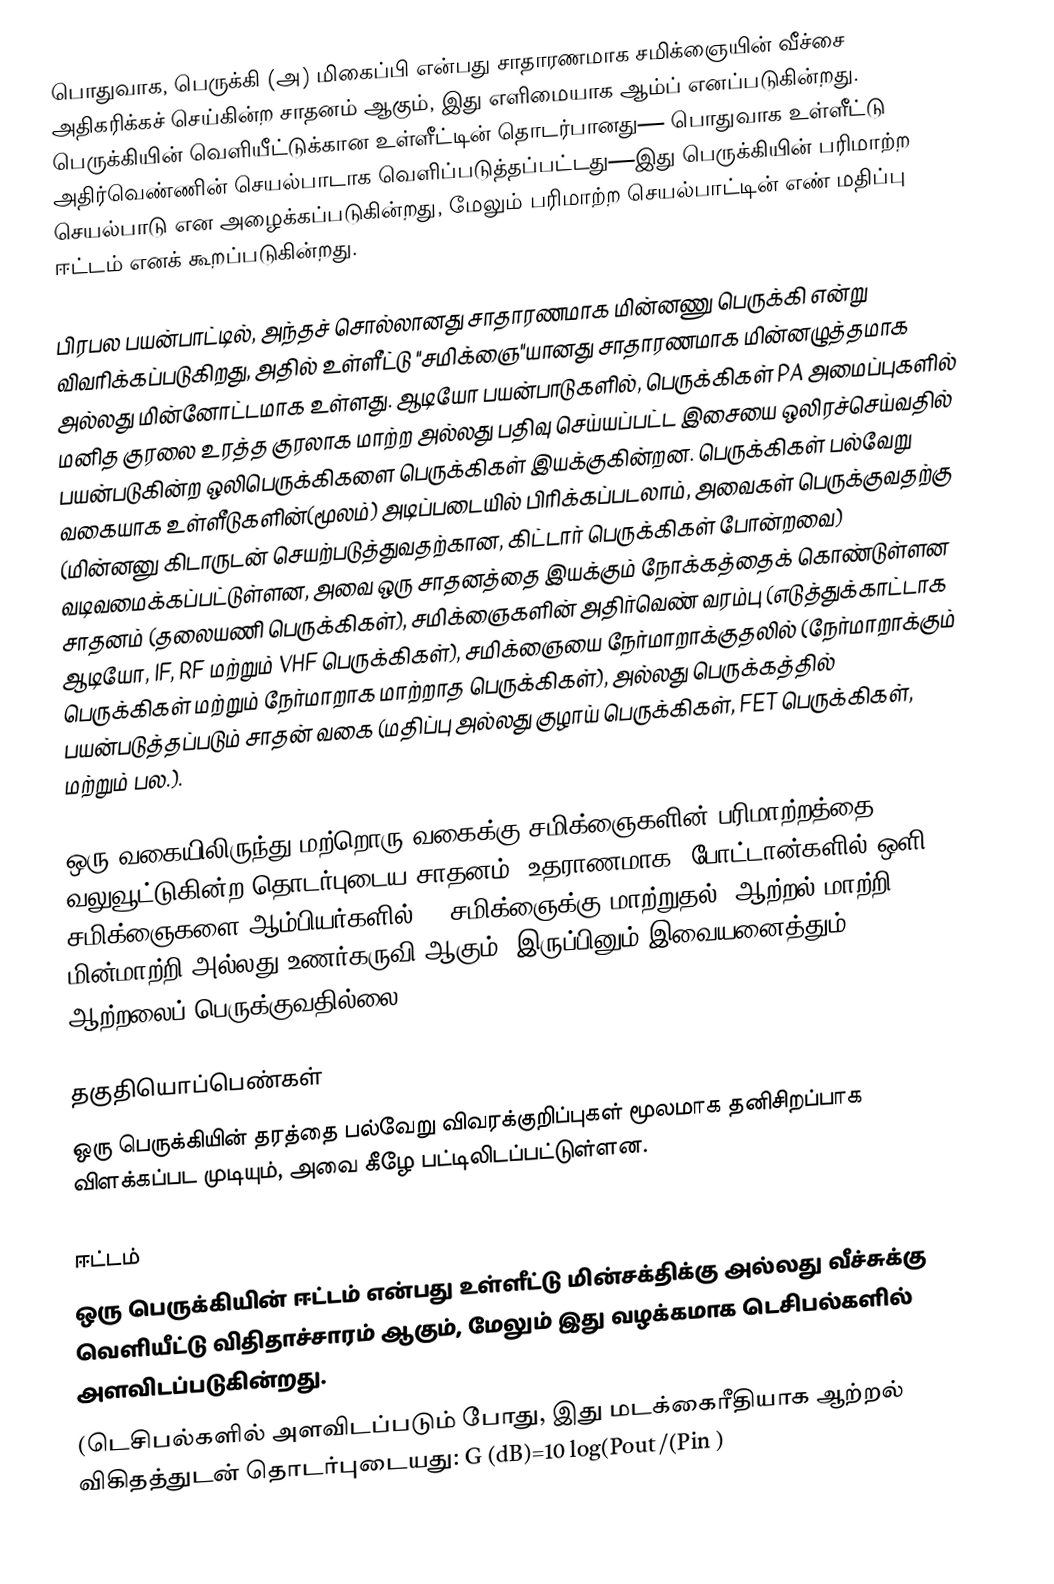
பொதுவாக, பெருக்கி (அ) மிகைப்பி என்பது சாதாரணமாக சமிக்ஞையின் வீச்சை அதிகரிக்கச் செய்கின்ற சாதனம் ஆகும், இது எளிமையாக ஆம்ப் எனப்படுகின்றது. பெருக்கியின் வெளியீட்டுக்கான உள்ளீட்டின் தொடர்பானது— பொதுவாக உள்ளீட்டு அதிர்வெண்ணின் செயல்பாடாக வெளிப்படுத்தப்பட்டது—இது பெருக்கியின் பரிமாற்ற செயல்பாடு என அழைக்கப்படுகின்றது, மேலும் பரிமாற்ற செயல்பாட்டின் எண் மதிப்பு ஈட்டம் எனக் கூறப்படுகின்றது.

பிரபல பயன்பாட்டில், அந்தச் சொல்லானது சாதாரணமாக மின்னணு பெருக்கி என்று விவரிக்கப்படுகிறது, அதில் உள்ளீட்டு "சமிக்ஞை"யானது சாதாரணமாக மின்னழுத்தமாக அல்லது மின்னோட்டமாக உள்ளது. ஆடியோ பயன்பாடுகளில், பெருக்கிகள் PA அமைப்புகளில் மனித குரலை உரத்த குரலாக மாற்ற அல்லது பதிவு செய்யப்பட்ட இசையை ஒலிரச்செய்வதில் பயன்படுகின்ற ஒலிபெருக்கிகளை பெருக்கிகள் இயக்குகின்றன. பெருக்கிகள் பல்வேறு வகையாக உள்ளீடுகளின்(மூலம்) அடிப்படையில் பிரிக்கப்படலாம், அவைகள் பெருக்குவதற்கு (மின்னனு கிடாருடன் செயற்படுத்துவதற்கான, கிட்டார் பெருக்கிகள் போன்றவை) வடிவமைக்கப்பட்டுள்ளன, அவை ஒரு சாதனத்தை இயக்கும் நோக்கத்தைக் கொண்டுள்ளன சாதனம் (தலையணி பெருக்கிகள்), சமிக்ஞைகளின் அதிர்வெண் வரம்பு (எடுத்துக்காட்டாக ஆடியோ, IF, RF மற்றும் VHF பெருக்கிகள்), சமிக்ஞையை நேர்மாறாக்குதலில் (நேர்மாறாக்கும் பெருக்கிகள் மற்றும் நேர்மாறாக மாற்றாத பெருக்கிகள்), அல்லது பெருக்கத்தில் பயன்படுத்தப்படும் சாதன் வகை (மதிப்பு அல்லது குழாய் பெருக்கிகள், FET பெருக்கிகள், மற்றும் பல.).

ஒரு வகையிலிருந்து மற்றொரு வகைக்கு சமிக்ஞைகளின் பரிமாற்றத்தை வலுவூட்டுகின்ற தொடர்புடைய சாதனம் (உதராணமாக, போட்டான்களில் ஒளி சமிக்ஞைகளை ஆம்பியர்களில் DC சமிக்ஞைக்கு மாற்றுதல்) ஆற்றல் மாற்றி, மின்மாற்றி அல்லது உணர்கருவி ஆகும். இருப்பினும் இவையனைத்தும் ஆற்றலைப் பெருக்குவதில்லை.

தகுதியொப்பெண்கள்
ஒரு பெருக்கியின் தரத்தை பல்வேறு விவரக்குறிப்புகள் மூலமாக தனிசிறப்பாக விளக்கப்பட முடியும், அவை கீழே பட்டிலிடப்பட்டுள்ளன.

ஈட்டம்
ஒரு பெருக்கியின் ஈட்டம் என்பது உள்ளீட்டு மின்சக்திக்கு அல்லது வீச்சுக்கு வெளியீட்டு விதிதாச்சாரம் ஆகும், மேலும் இது வழக்கமாக டெசிபல்களில் அளவிடப்படுகின்றது.
(டெசிபல்களில் அளவிடப்படும் போது, இது மடக்கைரீதியாக ஆற்றல் விகிதத்துடன் தொடர்புடையது: G (dB)=10 log(Pout /(Pin )